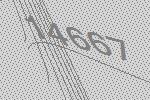
14667